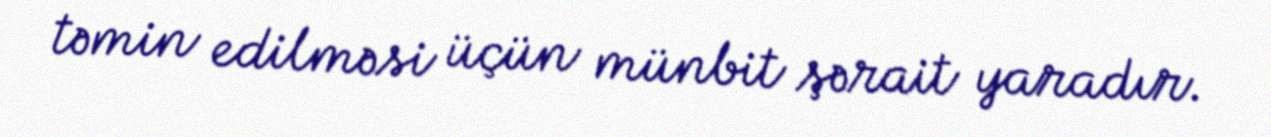
təmin edilməsi üçün münbit şərait yaradır.